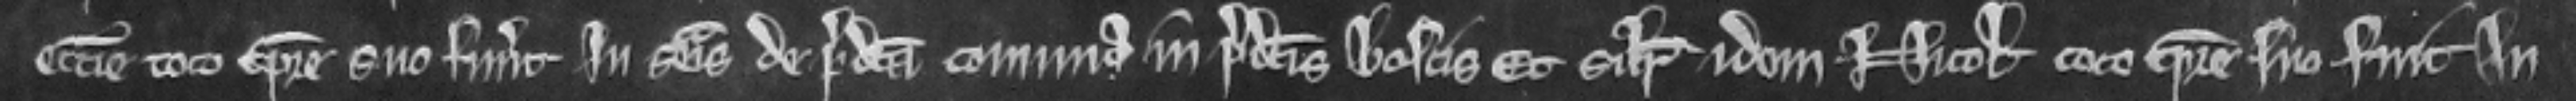
ecclesie toto tempore suo fuerunt In seisina de predicta comuna in predictis boscis et similiter idem Nicolaus toto tempore suo fuit In